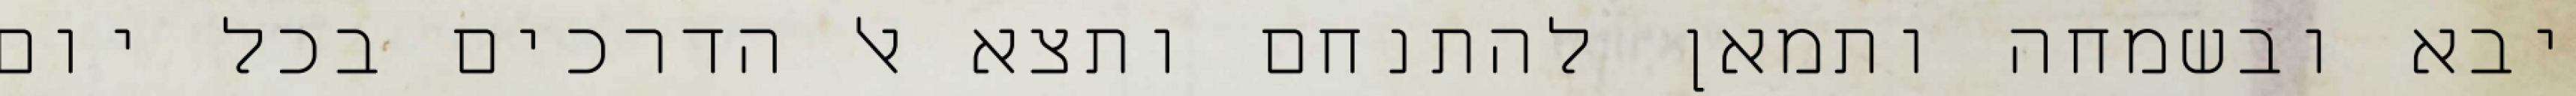
יבא ובשמחה ותמאן להתנחם ותצא אל הדרכים בכל יום